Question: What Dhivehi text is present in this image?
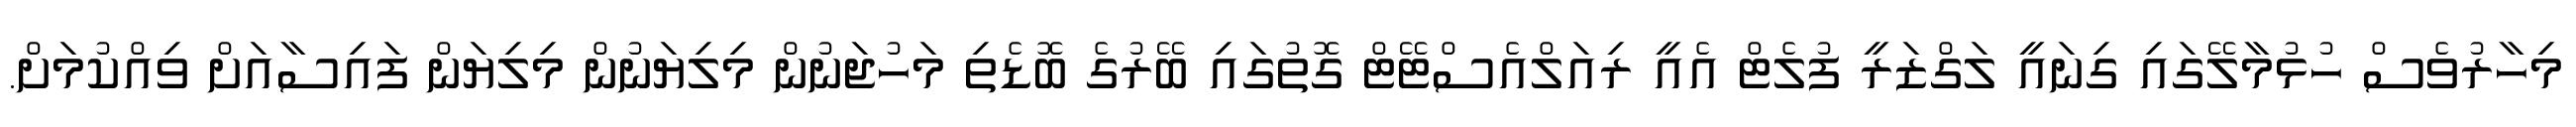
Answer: މިހާރުވެސް ހުޅުމާލޭގައި ގިނައީ ލަގްޒަރީ ފުލެޓް އެއީ ރިއަލްއެސްޓޭޓް ގޮތުގައި ބޭރުގެ ބޮޑެތި މަހުޖަނުން މިލިޔަނުން މިލިޔަން ފައިސާއަށް ވިއްކުމަށް.